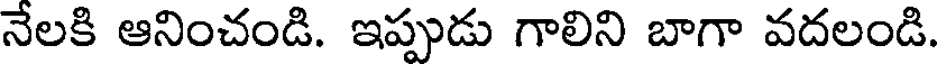
నేలకి ఆనించండి. ఇప్పుడు గాలిని బాగా వదలండి.